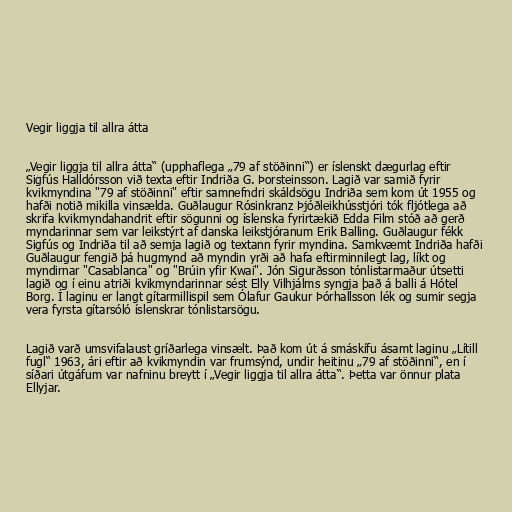
Vegir liggja til allra átta

„Vegir liggja til allra átta“ (upphaflega „79 af stöðinni“) er íslenskt dægurlag eftir
Sigfús Halldórsson við texta eftir Indriða G. Þorsteinsson. Lagið var samið fyrir
kvikmyndina "79 af stöðinni" eftir samnefndri skáldsögu Indriða sem kom út 1955 og
hafði notið mikilla vinsælda. Guðlaugur Rósinkranz Þjóðleikhússtjóri tók fljótlega að
skrifa kvikmyndahandrit eftir sögunni og íslenska fyrirtækið Edda Film stóð að gerð
myndarinnar sem var leikstýrt af danska leikstjóranum Erik Balling. Guðlaugur fékk
Sigfús og Indriða til að semja lagið og textann fyrir myndina. Samkvæmt Indriða hafði
Guðlaugur fengið þá hugmynd að myndin yrði að hafa eftirminnilegt lag, líkt og
myndirnar "Casablanca" og "Brúin yfir Kwai". Jón Sigurðsson tónlistarmaður útsetti
lagið og í einu atriði kvikmyndarinnar sést Elly Vilhjálms syngja það á balli á Hótel
Borg. Í laginu er langt gítarmillispil sem Ólafur Gaukur Þórhallsson lék og sumir segja
vera fyrsta gítarsóló íslenskrar tónlistarsögu.

Lagið varð umsvifalaust gríðarlega vinsælt. Það kom út á smáskífu ásamt laginu „Lítill
fugl“ 1963, ári eftir að kvikmyndin var frumsýnd, undir heitinu „79 af stöðinni“, en í
síðari útgáfum var nafninu breytt í „Vegir liggja til allra átta“. Þetta var önnur plata
Ellyjar.